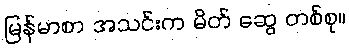
မြန်မာစာ အသင်းက မိတ် ဆွေ တစ်စု။